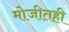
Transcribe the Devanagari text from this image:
मोजीतही